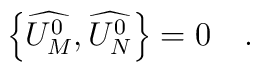
\left\{ \widehat{U_M^0},\widehat{U_N^0}\right\} =0\quad .